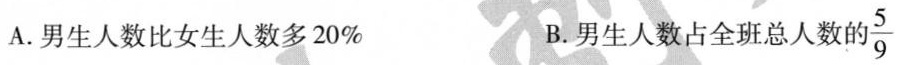
A.男生人数比女生人数多20% B.男生人数占全班总人数的 \frac{5}{9}